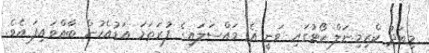
މިއަދު ކްރިމިނަލް ކޯޓުގައި ވަނީ އެ މައްސަލައިގެ ފުރަތަމަ އަޑުއެހުން ބާއްވައިފަ އެވެ.